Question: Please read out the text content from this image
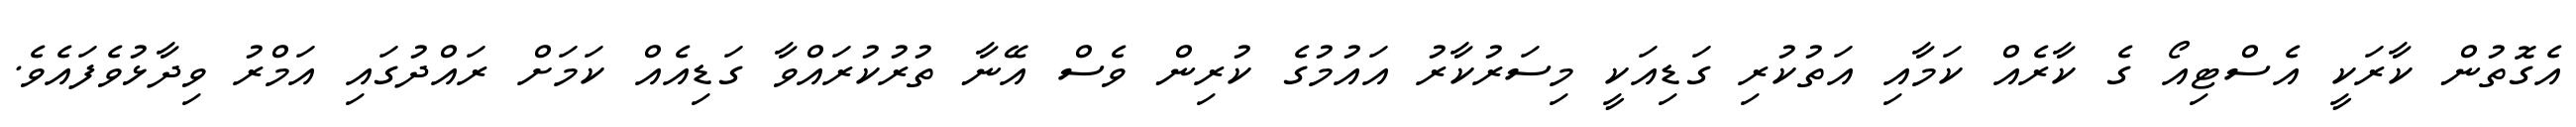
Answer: އެގޮތުން ކާރަކީ އެސްޓިއޯ ގެ ކާރެއް ކަމާއި އަތުކުރި ގަޑިއަކީ މިސަރުކާރު އައުމުގެ ކުރިން ވެސް އޭނާ ތުރުކުރައްވާ ގަޑިއެއް ކަމަށް ރައްދުގައި އަމްރު ވިދާޅުވެފައެވެ.